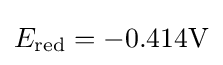
E_{\text{red}}=-0.414\mathrm {V}